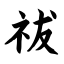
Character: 祓